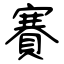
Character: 賽